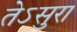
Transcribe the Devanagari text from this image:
तेऽसुरा